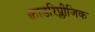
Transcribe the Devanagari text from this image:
क्वाडरिप्लीजिक